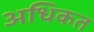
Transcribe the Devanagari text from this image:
अधिकत